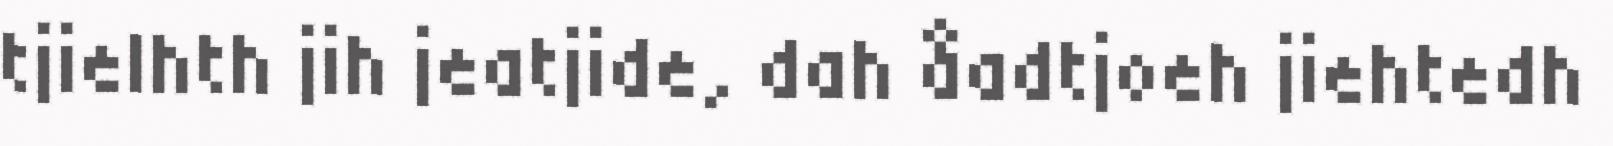
tjielhth jih jeatjide, dah åadtjoeh jiehtedh